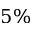
5 \%